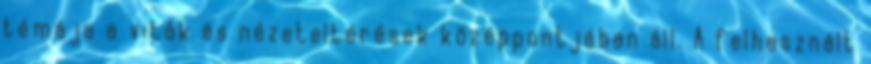
témája a viták és nézeteltérések középpontjában áll. A felhasznált